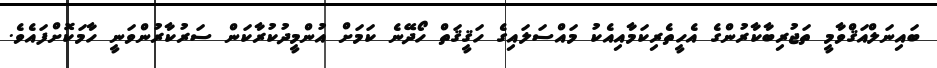
ބައިނަލްއަޤްވާމީ ތަޖުރިބާކާރުންގެ އެހީތެރިކަމާއިއެކު މައްސަލައިގެ ހަޤީޤަތް ހޯދޭނެ ކަމަށް އުންމީދުކުރާކަން ސަރުކާރުންވަނީ ހާމަކޮށްފައެވެ.